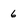
Character: 6